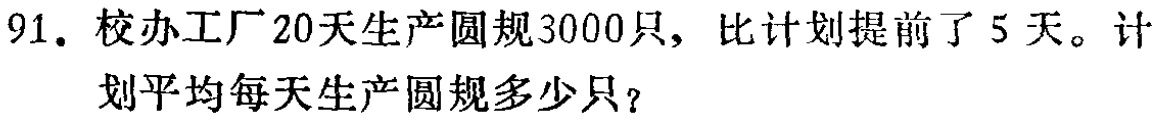
91. 校办工厂20天生产圆规3000只，比计划提前了5天。计划平均每天生产圆规多少只？